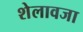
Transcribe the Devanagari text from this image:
शेलावजा